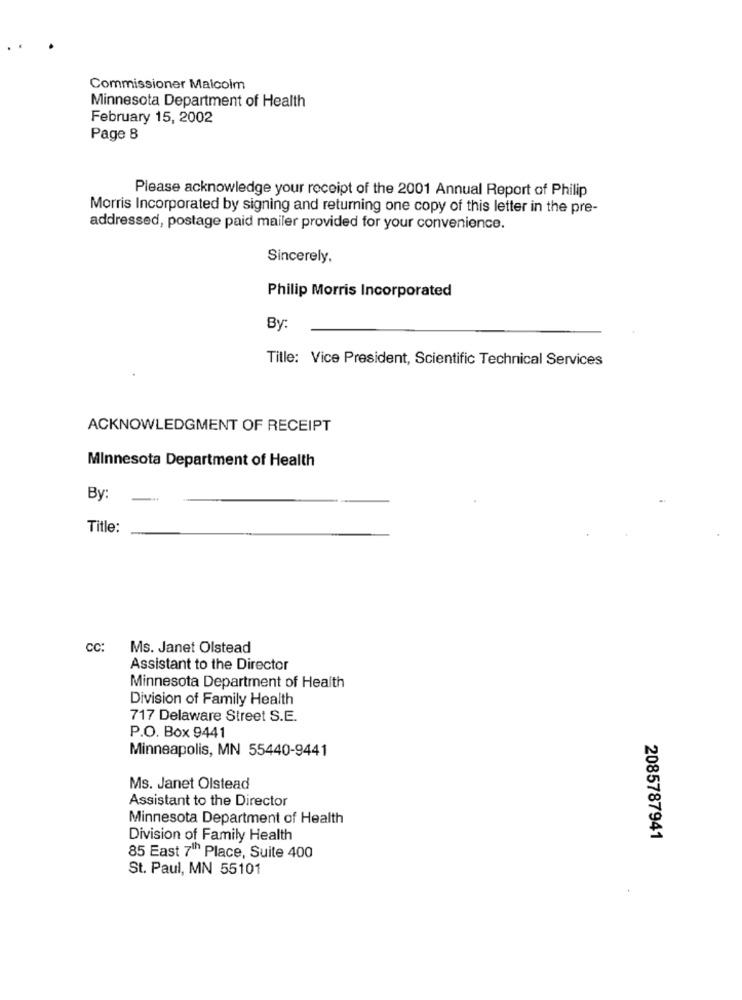
Commissioner Malcolm
Minnesota Department of Health
February 15, 2002
Page 8
Please acknowledge your receipt of the 2001 Annual Report of Philip
Morris Incorporated by signing and returning one copy of this letter in the pre-
addressed, postage paid mailer provided for your convenience.
Sincerely.
Philip Morris Incorporated
By
Title: Vice President, Scientific Technical Services
ACKNOWLEDGMENT OF RECEIPT
Minnesota Department of Health
By:
Title:
CC:
Ms. Janet Olstead
Assistant to the Director
Minnesota Department of Health
Division of Family Health
717 Delaware Street S.E.
P.O. Box 9441
Minneapolis, MN 55440-9441
Ms. Janet Olstead
Assistant to the Director
Minnesota Department of Health
Division of Family Health
2085787941
85 East 7" Place, Suite 400
St. Paul, MN 55101